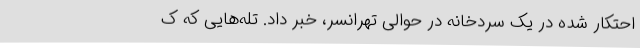
احتکار شده در یک سردخانه در حوالی تهرانسر، خبر داد. تله‌هایی که ک